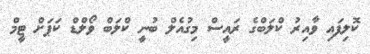
ކޮލިފައި ވާއިރު ކްލަބްގެ ރައީސް މިގުއެލް ބުނީ ކްލަބް ވޯލްޑް ކަޕަށް ޓީމް